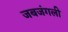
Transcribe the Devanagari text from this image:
जबजंगली